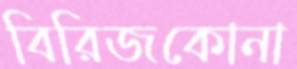
বিরিজকোনা